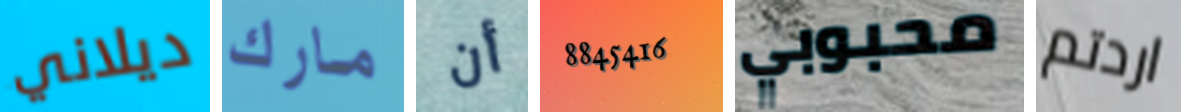
ديلاني مارك أن 8845416 محبوبي اردتم